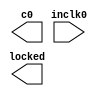
// megafunction wizard: %ALTPLL%VBB%
// GENERATION: STANDARD
// VERSION: WM1.0
// MODULE: altpll 

// ============================================================
// Megafunction Name(s):
// 			altpll
//
// Simulation Library Files(s):
// 			altera_mf
// ============================================================
// ************************************************************
// THIS IS A WIZARD-GENERATED FILE. DO NOT EDIT THIS FILE!
//
// 21.1.0 Build 842 10/21/2021 SJ Lite Edition
// ************************************************************

//Copyright (C) 2021  Intel Corporation. All rights reserved.
//Your use of Intel Corporation's design tools, logic functions 
//and other software and tools, and any partner logic 
//functions, and any output files from any of the foregoing 
//(including device programming or simulation files), and any 
//associated documentation or information are expressly subject 
//to the terms and conditions of the Intel Program License 
//Subscription Agreement, the Intel Quartus Prime License Agreement,
//the Intel FPGA IP License Agreement, or other applicable license
//agreement, including, without limitation, that your use is for
//the sole purpose of programming logic devices manufactured by
//Intel and sold by Intel or its authorized distributors.  Please
//refer to the applicable agreement for further details, at
//https://fpgasoftware.intel.com/eula.

module spi_pll (
	inclk0,
	c0,
	locked);

	input	  inclk0;
	output	  c0;
	output	  locked;

endmodule

// ============================================================
// CNX file retrieval info
// ============================================================
// Retrieval info: PRIVATE: ACTIVECLK_CHECK STRING "0"
// Retrieval info: PRIVATE: BANDWIDTH STRING "1.000"
// Retrieval info: PRIVATE: BANDWIDTH_FEATURE_ENABLED STRING "1"
// Retrieval info: PRIVATE: BANDWIDTH_FREQ_UNIT STRING "MHz"
// Retrieval info: PRIVATE: BANDWIDTH_PRESET STRING "Low"
// Retrieval info: PRIVATE: BANDWIDTH_USE_AUTO STRING "1"
// Retrieval info: PRIVATE: BANDWIDTH_USE_PRESET STRING "0"
// Retrieval info: PRIVATE: CLKBAD_SWITCHOVER_CHECK STRING "0"
// Retrieval info: PRIVATE: CLKLOSS_CHECK STRING "0"
// Retrieval info: PRIVATE: CLKSWITCH_CHECK STRING "0"
// Retrieval info: PRIVATE: CNX_NO_COMPENSATE_RADIO STRING "0"
// Retrieval info: PRIVATE: CREATE_CLKBAD_CHECK STRING "0"
// Retrieval info: PRIVATE: CREATE_INCLK1_CHECK STRING "0"
// Retrieval info: PRIVATE: CUR_DEDICATED_CLK STRING "c0"
// Retrieval info: PRIVATE: CUR_FBIN_CLK STRING "c0"
// Retrieval info: PRIVATE: DEVICE_SPEED_GRADE STRING "Any"
// Retrieval info: PRIVATE: DIV_FACTOR0 NUMERIC "1"
// Retrieval info: PRIVATE: DUTY_CYCLE0 STRING "50.00000000"
// Retrieval info: PRIVATE: EFF_OUTPUT_FREQ_VALUE0 STRING "100.000000"
// Retrieval info: PRIVATE: EXPLICIT_SWITCHOVER_COUNTER STRING "0"
// Retrieval info: PRIVATE: EXT_FEEDBACK_RADIO STRING "0"
// Retrieval info: PRIVATE: GLOCKED_COUNTER_EDIT_CHANGED STRING "1"
// Retrieval info: PRIVATE: GLOCKED_FEATURE_ENABLED STRING "0"
// Retrieval info: PRIVATE: GLOCKED_MODE_CHECK STRING "0"
// Retrieval info: PRIVATE: GLOCK_COUNTER_EDIT NUMERIC "1048575"
// Retrieval info: PRIVATE: HAS_MANUAL_SWITCHOVER STRING "1"
// Retrieval info: PRIVATE: INCLK0_FREQ_EDIT STRING "50.000"
// Retrieval info: PRIVATE: INCLK0_FREQ_UNIT_COMBO STRING "MHz"
// Retrieval info: PRIVATE: INCLK1_FREQ_EDIT STRING "100.000"
// Retrieval info: PRIVATE: INCLK1_FREQ_EDIT_CHANGED STRING "1"
// Retrieval info: PRIVATE: INCLK1_FREQ_UNIT_CHANGED STRING "1"
// Retrieval info: PRIVATE: INCLK1_FREQ_UNIT_COMBO STRING "MHz"
// Retrieval info: PRIVATE: INTENDED_DEVICE_FAMILY STRING "Cyclone IV E"
// Retrieval info: PRIVATE: INT_FEEDBACK__MODE_RADIO STRING "1"
// Retrieval info: PRIVATE: LOCKED_OUTPUT_CHECK STRING "1"
// Retrieval info: PRIVATE: LONG_SCAN_RADIO STRING "1"
// Retrieval info: PRIVATE: LVDS_MODE_DATA_RATE STRING "Not Available"
// Retrieval info: PRIVATE: LVDS_MODE_DATA_RATE_DIRTY NUMERIC "0"
// Retrieval info: PRIVATE: LVDS_PHASE_SHIFT_UNIT0 STRING "deg"
// Retrieval info: PRIVATE: MIG_DEVICE_SPEED_GRADE STRING "Any"
// Retrieval info: PRIVATE: MIRROR_CLK0 STRING "0"
// Retrieval info: PRIVATE: MULT_FACTOR0 NUMERIC "2"
// Retrieval info: PRIVATE: NORMAL_MODE_RADIO STRING "1"
// Retrieval info: PRIVATE: OUTPUT_FREQ0 STRING "100.00000000"
// Retrieval info: PRIVATE: OUTPUT_FREQ_MODE0 STRING "0"
// Retrieval info: PRIVATE: OUTPUT_FREQ_UNIT0 STRING "MHz"
// Retrieval info: PRIVATE: PHASE_RECONFIG_FEATURE_ENABLED STRING "1"
// Retrieval info: PRIVATE: PHASE_RECONFIG_INPUTS_CHECK STRING "0"
// Retrieval info: PRIVATE: PHASE_SHIFT0 STRING "0.00000000"
// Retrieval info: PRIVATE: PHASE_SHIFT_STEP_ENABLED_CHECK STRING "0"
// Retrieval info: PRIVATE: PHASE_SHIFT_UNIT0 STRING "deg"
// Retrieval info: PRIVATE: PLL_ADVANCED_PARAM_CHECK STRING "0"
// Retrieval info: PRIVATE: PLL_ARESET_CHECK STRING "0"
// Retrieval info: PRIVATE: PLL_AUTOPLL_CHECK NUMERIC "1"
// Retrieval info: PRIVATE: PLL_ENHPLL_CHECK NUMERIC "0"
// Retrieval info: PRIVATE: PLL_FASTPLL_CHECK NUMERIC "0"
// Retrieval info: PRIVATE: PLL_FBMIMIC_CHECK STRING "0"
// Retrieval info: PRIVATE: PLL_LVDS_PLL_CHECK NUMERIC "0"
// Retrieval info: PRIVATE: PLL_PFDENA_CHECK STRING "0"
// Retrieval info: PRIVATE: PLL_TARGET_HARCOPY_CHECK NUMERIC "0"
// Retrieval info: PRIVATE: PRIMARY_CLK_COMBO STRING "inclk0"
// Retrieval info: PRIVATE: RECONFIG_FILE STRING "spi_pll.mif"
// Retrieval info: PRIVATE: SACN_INPUTS_CHECK STRING "0"
// Retrieval info: PRIVATE: SCAN_FEATURE_ENABLED STRING "1"
// Retrieval info: PRIVATE: SELF_RESET_LOCK_LOSS STRING "0"
// Retrieval info: PRIVATE: SHORT_SCAN_RADIO STRING "0"
// Retrieval info: PRIVATE: SPREAD_FEATURE_ENABLED STRING "0"
// Retrieval info: PRIVATE: SPREAD_FREQ STRING "50.000"
// Retrieval info: PRIVATE: SPREAD_FREQ_UNIT STRING "KHz"
// Retrieval info: PRIVATE: SPREAD_PERCENT STRING "0.500"
// Retrieval info: PRIVATE: SPREAD_USE STRING "0"
// Retrieval info: PRIVATE: SRC_SYNCH_COMP_RADIO STRING "0"
// Retrieval info: PRIVATE: STICKY_CLK0 STRING "1"
// Retrieval info: PRIVATE: SWITCHOVER_COUNT_EDIT NUMERIC "1"
// Retrieval info: PRIVATE: SWITCHOVER_FEATURE_ENABLED STRING "1"
// Retrieval info: PRIVATE: SYNTH_WRAPPER_GEN_POSTFIX STRING "0"
// Retrieval info: PRIVATE: USE_CLK0 STRING "1"
// Retrieval info: PRIVATE: USE_CLKENA0 STRING "0"
// Retrieval info: PRIVATE: USE_MIL_SPEED_GRADE NUMERIC "0"
// Retrieval info: PRIVATE: ZERO_DELAY_RADIO STRING "0"
// Retrieval info: LIBRARY: altera_mf altera_mf.altera_mf_components.all
// Retrieval info: CONSTANT: BANDWIDTH_TYPE STRING "AUTO"
// Retrieval info: CONSTANT: CLK0_DIVIDE_BY NUMERIC "1"
// Retrieval info: CONSTANT: CLK0_DUTY_CYCLE NUMERIC "50"
// Retrieval info: CONSTANT: CLK0_MULTIPLY_BY NUMERIC "2"
// Retrieval info: CONSTANT: CLK0_PHASE_SHIFT STRING "0"
// Retrieval info: CONSTANT: COMPENSATE_CLOCK STRING "CLK0"
// Retrieval info: CONSTANT: INCLK0_INPUT_FREQUENCY NUMERIC "20000"
// Retrieval info: CONSTANT: INTENDED_DEVICE_FAMILY STRING "Cyclone IV E"
// Retrieval info: CONSTANT: LPM_TYPE STRING "altpll"
// Retrieval info: CONSTANT: OPERATION_MODE STRING "NORMAL"
// Retrieval info: CONSTANT: PLL_TYPE STRING "AUTO"
// Retrieval info: CONSTANT: PORT_ACTIVECLOCK STRING "PORT_UNUSED"
// Retrieval info: CONSTANT: PORT_ARESET STRING "PORT_UNUSED"
// Retrieval info: CONSTANT: PORT_CLKBAD0 STRING "PORT_UNUSED"
// Retrieval info: CONSTANT: PORT_CLKBAD1 STRING "PORT_UNUSED"
// Retrieval info: CONSTANT: PORT_CLKLOSS STRING "PORT_UNUSED"
// Retrieval info: CONSTANT: PORT_CLKSWITCH STRING "PORT_UNUSED"
// Retrieval info: CONSTANT: PORT_CONFIGUPDATE STRING "PORT_UNUSED"
// Retrieval info: CONSTANT: PORT_FBIN STRING "PORT_UNUSED"
// Retrieval info: CONSTANT: PORT_INCLK0 STRING "PORT_USED"
// Retrieval info: CONSTANT: PORT_INCLK1 STRING "PORT_UNUSED"
// Retrieval info: CONSTANT: PORT_LOCKED STRING "PORT_USED"
// Retrieval info: CONSTANT: PORT_PFDENA STRING "PORT_UNUSED"
// Retrieval info: CONSTANT: PORT_PHASECOUNTERSELECT STRING "PORT_UNUSED"
// Retrieval info: CONSTANT: PORT_PHASEDONE STRING "PORT_UNUSED"
// Retrieval info: CONSTANT: PORT_PHASESTEP STRING "PORT_UNUSED"
// Retrieval info: CONSTANT: PORT_PHASEUPDOWN STRING "PORT_UNUSED"
// Retrieval info: CONSTANT: PORT_PLLENA STRING "PORT_UNUSED"
// Retrieval info: CONSTANT: PORT_SCANACLR STRING "PORT_UNUSED"
// Retrieval info: CONSTANT: PORT_SCANCLK STRING "PORT_UNUSED"
// Retrieval info: CONSTANT: PORT_SCANCLKENA STRING "PORT_UNUSED"
// Retrieval info: CONSTANT: PORT_SCANDATA STRING "PORT_UNUSED"
// Retrieval info: CONSTANT: PORT_SCANDATAOUT STRING "PORT_UNUSED"
// Retrieval info: CONSTANT: PORT_SCANDONE STRING "PORT_UNUSED"
// Retrieval info: CONSTANT: PORT_SCANREAD STRING "PORT_UNUSED"
// Retrieval info: CONSTANT: PORT_SCANWRITE STRING "PORT_UNUSED"
// Retrieval info: CONSTANT: PORT_clk0 STRING "PORT_USED"
// Retrieval info: CONSTANT: PORT_clk1 STRING "PORT_UNUSED"
// Retrieval info: CONSTANT: PORT_clk2 STRING "PORT_UNUSED"
// Retrieval info: CONSTANT: PORT_clk3 STRING "PORT_UNUSED"
// Retrieval info: CONSTANT: PORT_clk4 STRING "PORT_UNUSED"
// Retrieval info: CONSTANT: PORT_clk5 STRING "PORT_UNUSED"
// Retrieval info: CONSTANT: PORT_clkena0 STRING "PORT_UNUSED"
// Retrieval info: CONSTANT: PORT_clkena1 STRING "PORT_UNUSED"
// Retrieval info: CONSTANT: PORT_clkena2 STRING "PORT_UNUSED"
// Retrieval info: CONSTANT: PORT_clkena3 STRING "PORT_UNUSED"
// Retrieval info: CONSTANT: PORT_clkena4 STRING "PORT_UNUSED"
// Retrieval info: CONSTANT: PORT_clkena5 STRING "PORT_UNUSED"
// Retrieval info: CONSTANT: PORT_extclk0 STRING "PORT_UNUSED"
// Retrieval info: CONSTANT: PORT_extclk1 STRING "PORT_UNUSED"
// Retrieval info: CONSTANT: PORT_extclk2 STRING "PORT_UNUSED"
// Retrieval info: CONSTANT: PORT_extclk3 STRING "PORT_UNUSED"
// Retrieval info: CONSTANT: SELF_RESET_ON_LOSS_LOCK STRING "OFF"
// Retrieval info: CONSTANT: WIDTH_CLOCK NUMERIC "5"
// Retrieval info: USED_PORT: @clk 0 0 5 0 OUTPUT_CLK_EXT VCC "@clk[4..0]"
// Retrieval info: USED_PORT: c0 0 0 0 0 OUTPUT_CLK_EXT VCC "c0"
// Retrieval info: USED_PORT: inclk0 0 0 0 0 INPUT_CLK_EXT GND "inclk0"
// Retrieval info: USED_PORT: locked 0 0 0 0 OUTPUT GND "locked"
// Retrieval info: CONNECT: @inclk 0 0 1 1 GND 0 0 0 0
// Retrieval info: CONNECT: @inclk 0 0 1 0 inclk0 0 0 0 0
// Retrieval info: CONNECT: c0 0 0 0 0 @clk 0 0 1 0
// Retrieval info: CONNECT: locked 0 0 0 0 @locked 0 0 0 0
// Retrieval info: GEN_FILE: TYPE_NORMAL spi_pll.v TRUE
// Retrieval info: GEN_FILE: TYPE_NORMAL spi_pll.ppf TRUE
// Retrieval info: GEN_FILE: TYPE_NORMAL spi_pll.inc FALSE
// Retrieval info: GEN_FILE: TYPE_NORMAL spi_pll.cmp FALSE
// Retrieval info: GEN_FILE: TYPE_NORMAL spi_pll.bsf FALSE
// Retrieval info: GEN_FILE: TYPE_NORMAL spi_pll_inst.v TRUE
// Retrieval info: GEN_FILE: TYPE_NORMAL spi_pll_bb.v TRUE
// Retrieval info: LIB_FILE: altera_mf
// Retrieval info: CBX_MODULE_PREFIX: ON